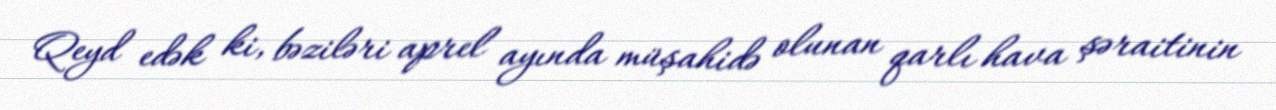
Qeyd edək ki, bəziləri aprel ayında müşahidə olunan qarlı hava şəraitinin